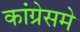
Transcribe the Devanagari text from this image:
कांग्रेसमे